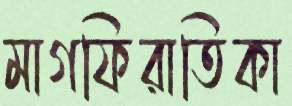
মাগফিরাতিকা